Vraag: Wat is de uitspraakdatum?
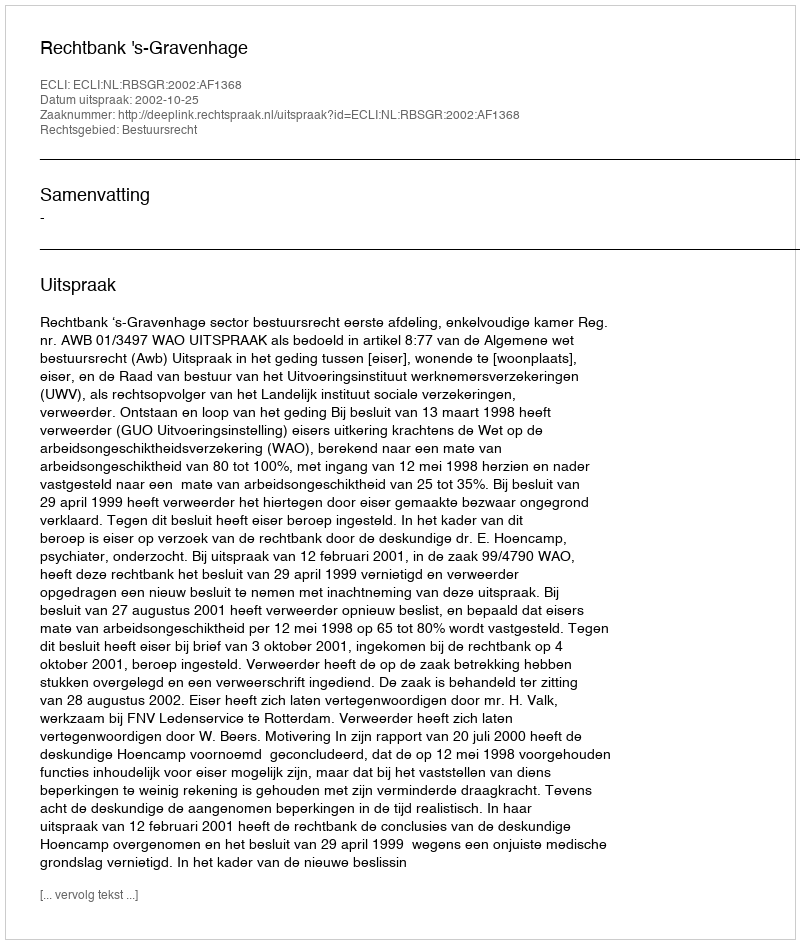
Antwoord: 2002-10-25